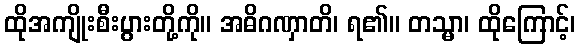
ထိုအကျိုးစီးပွားတို့ကို။ အဓိဂဏှာတိ၊ ရ၏။ တသ္မာ၊ ထိုကြောင့်၊